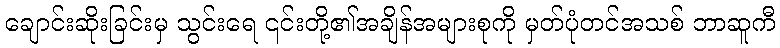
ချောင်းဆိုးခြင်းမှ သွင်းရေ ၎င်းတို့၏အချိန်အများစုကို မှတ်ပုံတင်အသစ် ဘာဆူကီ